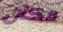
مكان